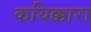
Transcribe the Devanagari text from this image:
कयिक्कारा